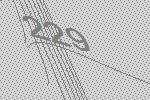
229